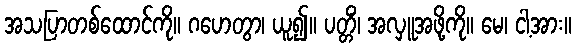
အသပြာတစ်ထောင်ကို။ ဂဟေတွာ၊ ယူ၍။ ပတ္တိံ၊ အလှူအဖို့ကို။ မေ၊ ငါ့အား။